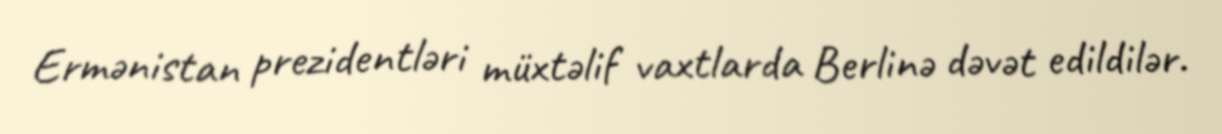
Ermənistan prezidentləri müxtəlif vaxtlarda Berlinə dəvət edildilər.